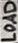
Text: LOAD